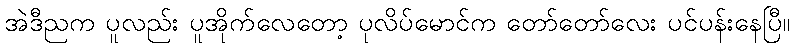
အဲဒီညက ပူလည်း ပူအိုက်လေတော့ ပုလိပ်မောင်က တော်တော်လေး ပင်ပန်းနေပြီ။